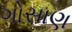
ગોસાણ